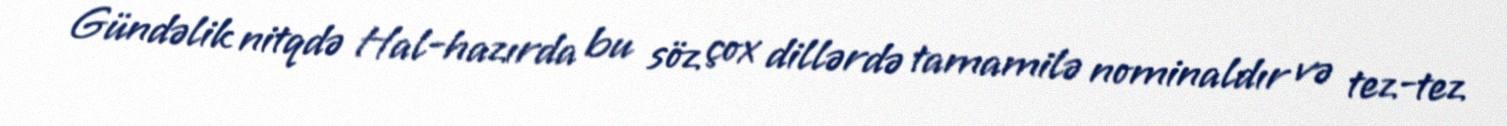
Gündəlik nitqdə Hal-hazırda bu söz çox dillərdə tamamilə nominaldır və tez-tez